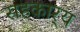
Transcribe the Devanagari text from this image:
सहकार्‍य